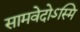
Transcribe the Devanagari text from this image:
सामवेदोऽस्मि